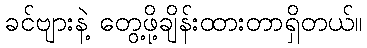
ခင်ဗျားနဲ့ တွေ့ဖို့ချိန်းထားတာရှိတယ်။